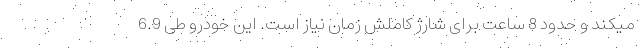
میکند و حدود 8 ساعت برای شارژ کاملش زمان نیاز است. این خودرو طی 6.9